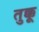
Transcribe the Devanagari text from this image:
तुक्कू